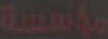
مانسية